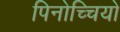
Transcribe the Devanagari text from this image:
पिनोच्चियो